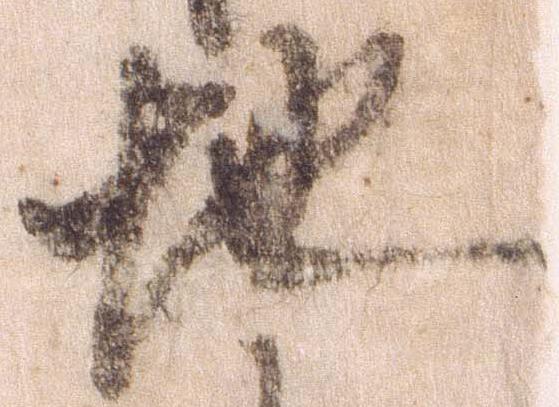
地